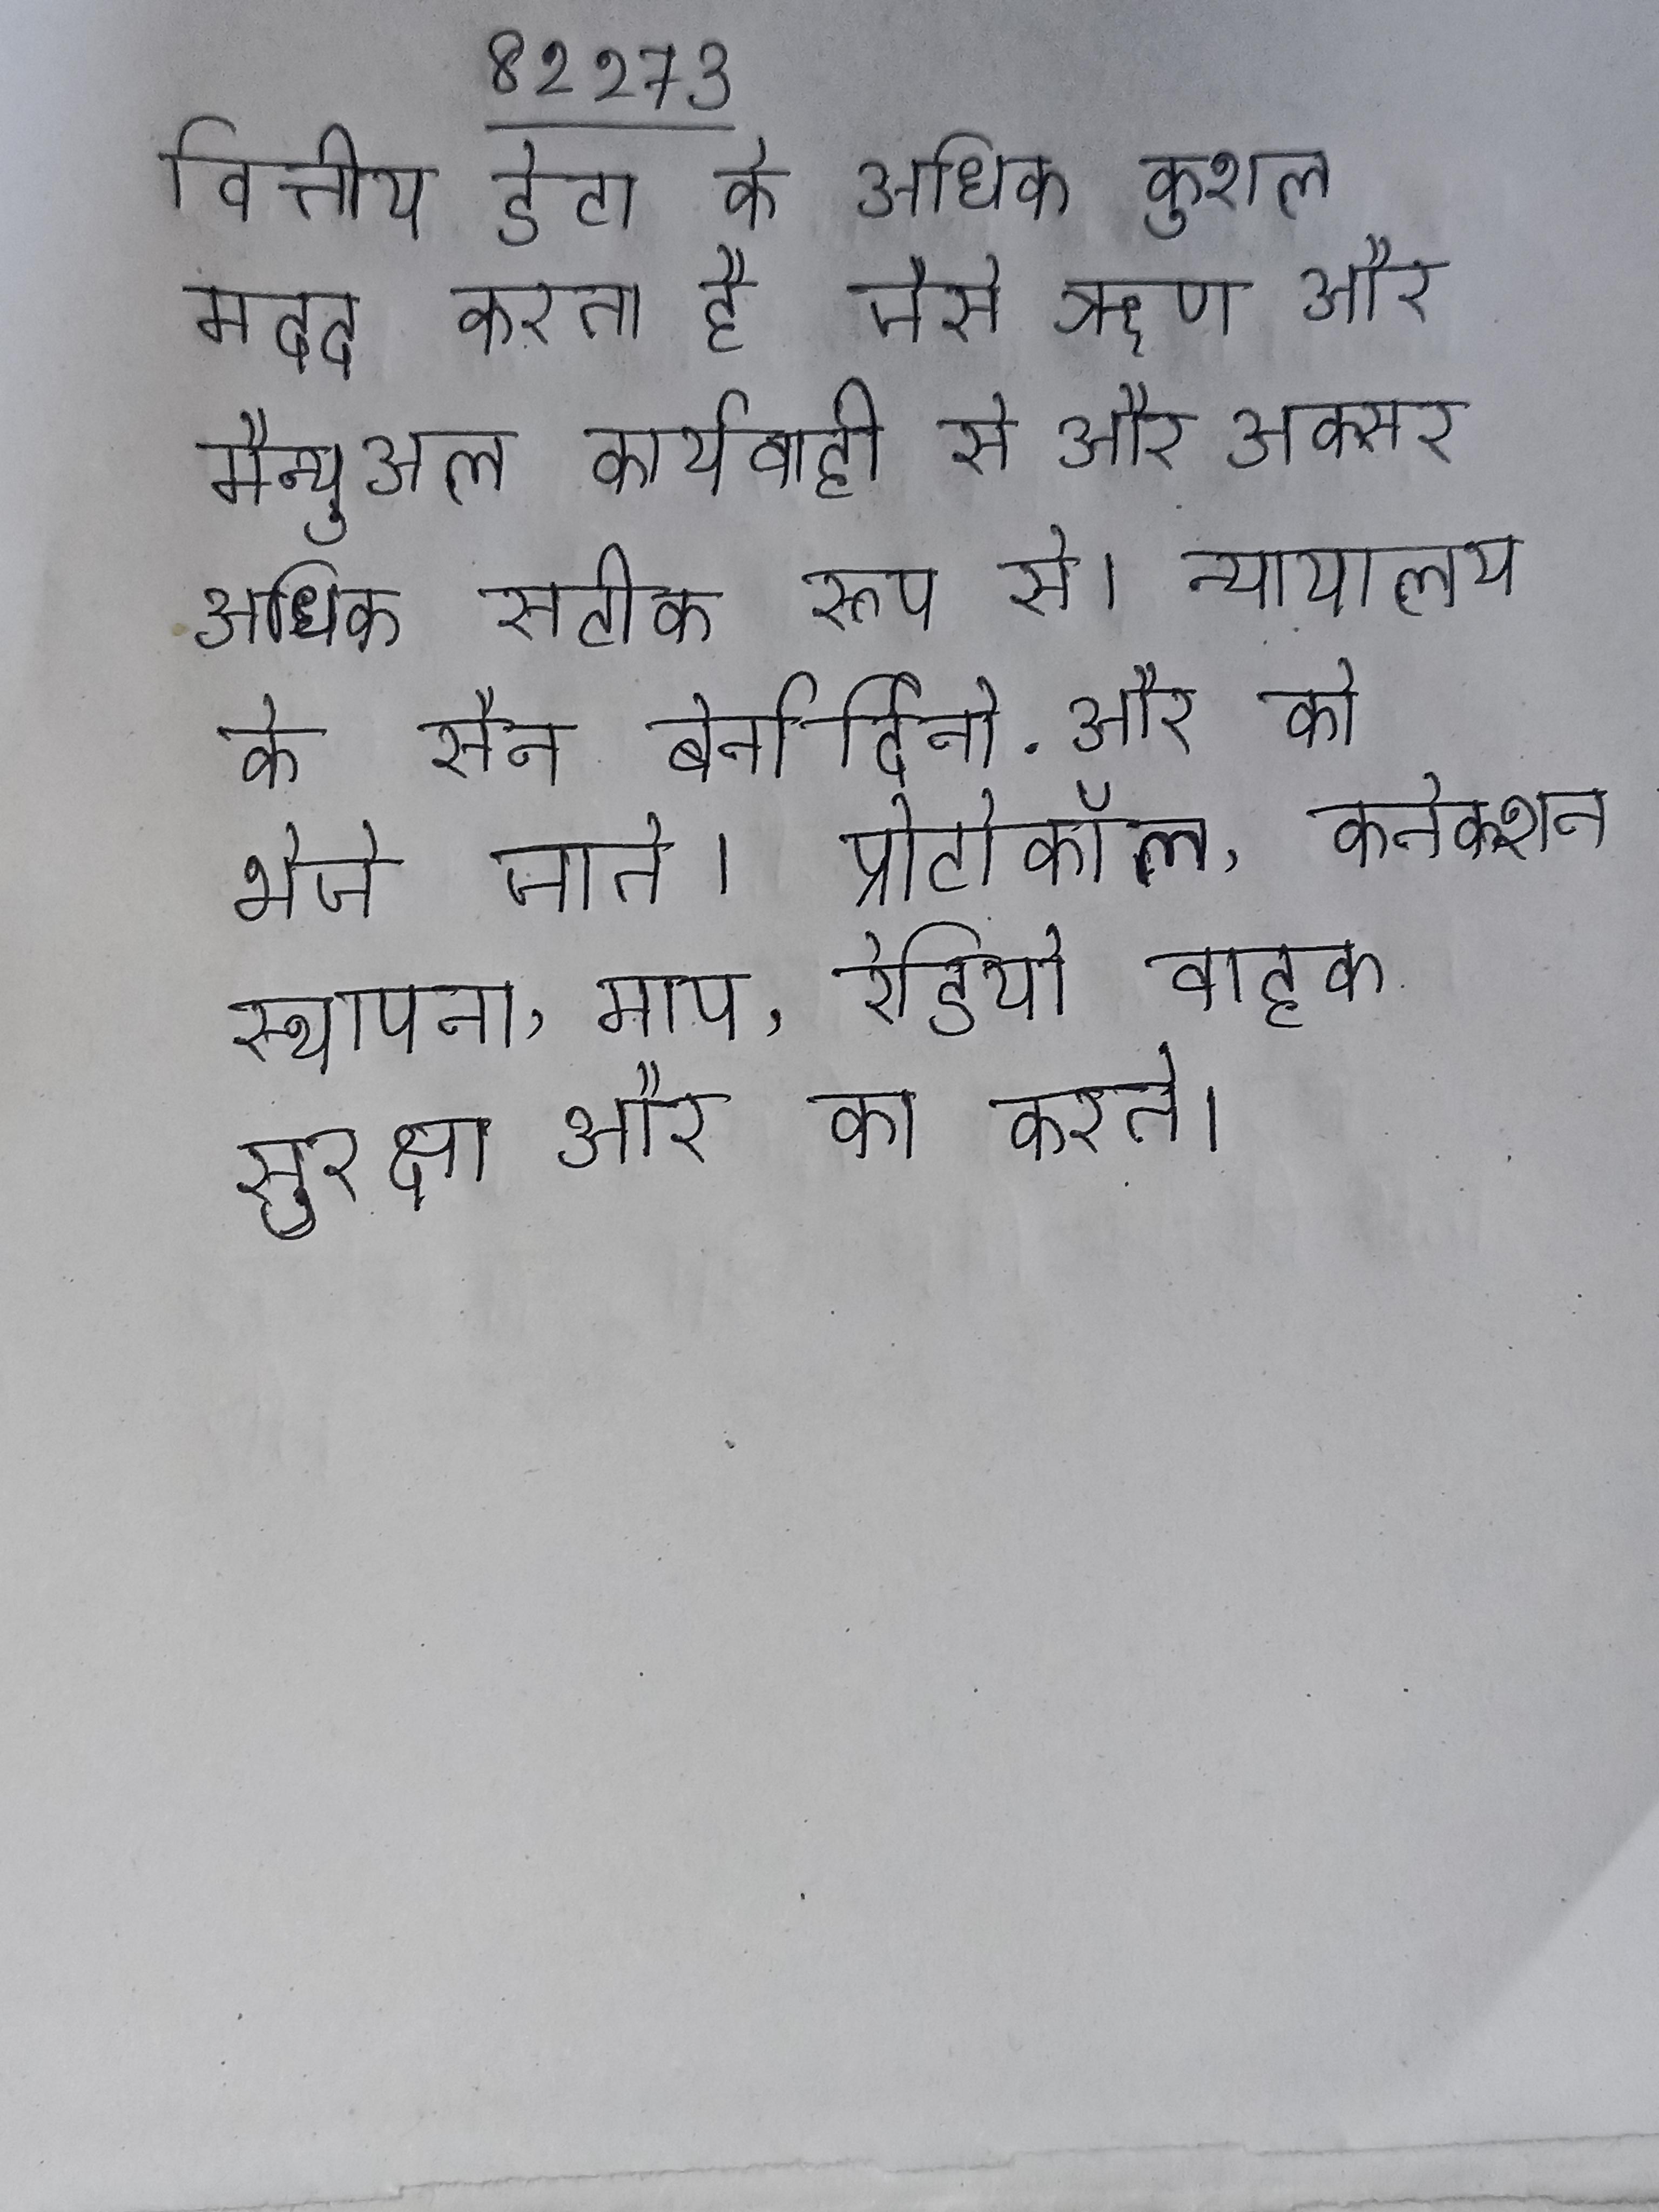
वित्तीय डेटा के अधिक कुशल मदद करता है जैसे ऋण और मैन्युअल कार्यवाही से और अक्सर अधिक सटीक रूप से । न्यायालय के सैन बेर्नार्दिनो . और को भेजे जाते । प्रोटोकॉल, कनेक्शन स्थापना, माप, रेडियो वाहक सुरक्षा और का करते ।